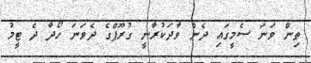
ތިން ވަނަ ސެމީގައި ދެން ވާދަކުރާނީ ގުރޫޕްގެ ދެވަނަ ހޯދާ ދެ ޓީމު